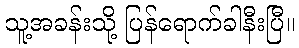
သူ့အခန်းသို့ ပြန်ရောက်ခါနီးပြီ။